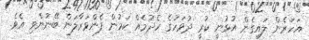
އަހަރެން ލައިގެން އުޅުނީ ކުރީ ދުވަހުގެ ހެދުމެއް ކަމުން ފެންވަރާލަން ބޭނުންވި އެވެ.